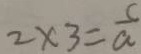
2 \times 3 = \frac { c } { a }